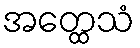
အတ္ထေသံ